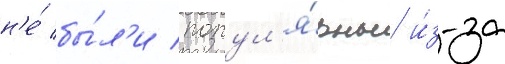
н'е́ бы́л'и попул'я́рны и́з-за